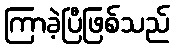
ကြာခဲ့ပြီဖြစ်သည်